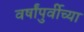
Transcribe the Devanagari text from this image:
वर्षांपुर्वीच्या